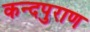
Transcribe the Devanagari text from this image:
कन्दपुराण